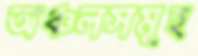
অঞ্চলসমূহ